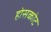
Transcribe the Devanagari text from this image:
होसकोट